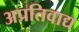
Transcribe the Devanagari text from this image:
अप्रतिवाद्य